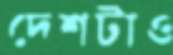
দেশটাও